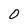
Character: O